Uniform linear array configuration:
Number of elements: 48
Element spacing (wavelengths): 0.75
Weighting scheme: hann
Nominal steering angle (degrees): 60
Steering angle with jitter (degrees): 60.065
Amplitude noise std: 0.05
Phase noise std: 0.05

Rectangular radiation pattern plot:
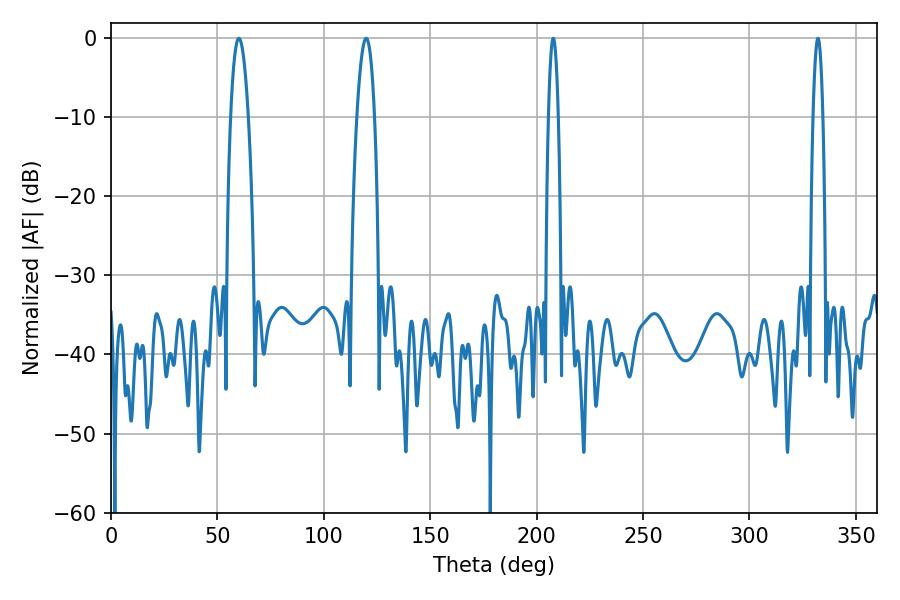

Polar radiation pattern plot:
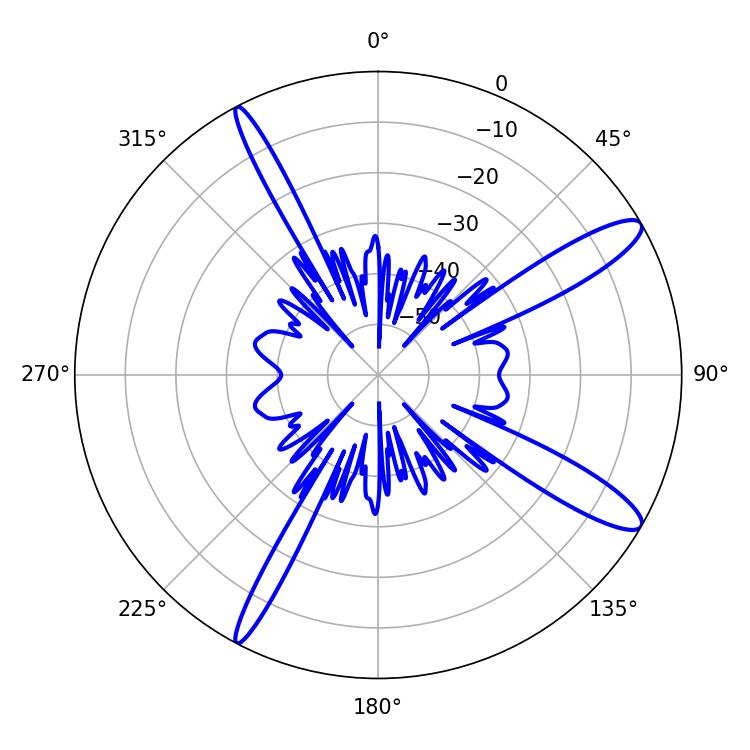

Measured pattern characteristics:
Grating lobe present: TRUE
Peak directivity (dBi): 12.804
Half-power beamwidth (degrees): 4.5
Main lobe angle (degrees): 60.12